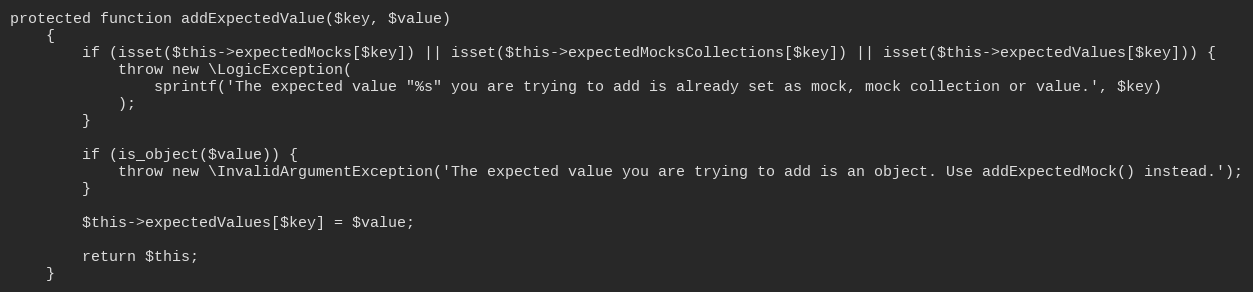
Language: PHP
protected function addExpectedValue($key, $value)
    {
        if (isset($this->expectedMocks[$key]) || isset($this->expectedMocksCollections[$key]) || isset($this->expectedValues[$key])) {
            throw new \LogicException(
                sprintf('The expected value "%s" you are trying to add is already set as mock, mock collection or value.', $key)
            );
        }

        if (is_object($value)) {
            throw new \InvalidArgumentException('The expected value you are trying to add is an object. Use addExpectedMock() instead.');
        }

        $this->expectedValues[$key] = $value;

        return $this;
    }